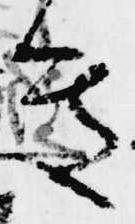
き